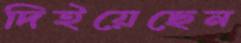
দিইয়েছেন